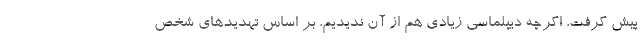
پیش گرفت، اگرچه دیپلماسی زیادی هم از آن ندیدیم، بر اساس تهدیدهای شخص